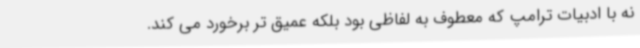
نه با ادبیات ترامپ که معطوف به لفاظی بود بلکه عمیق تر برخورد می کند.